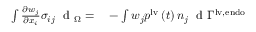
\begin{array} { r l } { \int \frac { \partial w _ { j } } { \partial x _ { i } } \sigma _ { i j } ^ { \phantom { } } \ \mathrm { ~ d ~ } _ { \Omega } = } & { { } - \int w _ { j } p ^ { \mathrm { { l v } } } \left( t \right) n _ { j } \ \mathrm { ~ d ~ } { \Gamma ^ { \mathrm { { l v , e n d o } } } } } \end{array}